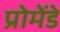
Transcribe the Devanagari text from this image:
प्रोमेंडे